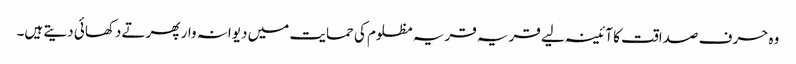
وہ حرف صداقت کا آئینہ لیے قریہ قریہ مظلوم کی حمایت میں دیوانہ وار پھرتے دکھائی دیتے ہیں۔